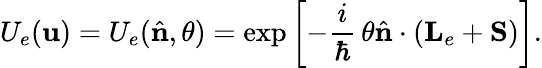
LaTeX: U_{e}(\mathbf{u})=U_{e}({\hat{{\mathbf{{n}}}}},\theta)=\exp\left[-\frac{{i}}{{\hbar}}\, \theta{\hat{{\mathbf{{n}}}}}\cdot({\mathbf{{L}}}_{e}+{\mathbf{{S}}})\right].